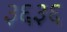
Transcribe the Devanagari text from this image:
३६३६